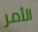
الأمر